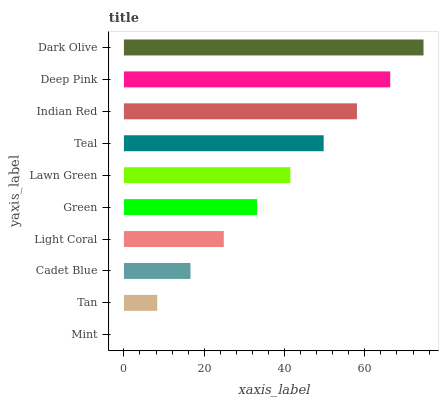
| yaxis_label | bars |
 | --- | --- |
 | Mint | 0 |
 | Tan | 8.29 |
 | Cadet Blue | 16.6 |
 | Light Coral | 24.9 |
 | Green | 33.2 |
 | Lawn Green | 41.4 |
 | Teal | 49.7 |
 | Indian Red | 58 |
 | Deep Pink | 66.3 |
 | Dark Olive | 74.6 |